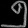
Digit: ၅